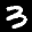
Label: 3